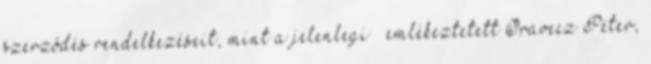
szerződés rendelkezéseit, mint a jelenlegi – emlékeztetett Oravecz Péter,